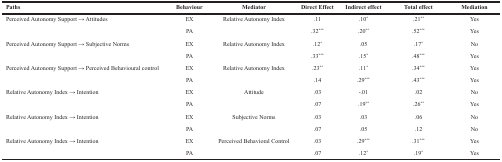
<table><thead><tr><td><b>Paths</b></td><td><b>Behaviour</b></td><td><b>Mediator</b></td><td><b>Direct Effect</b></td><td><b>Indirect effect</b></td><td><b>Total effect</b></td><td><b>Mediation</b></td></tr></thead><tbody><tr><td rowspan="2">Perceived Autonomy Support → Attitudes</td><td>EX</td><td rowspan="2">Relative Autonomy Index</td><td>.11</td><td>.10<sup>*</sup></td><td>.21<sup>**</sup></td><td>Yes</td></tr><tr><td>PA</td><td>.32<sup>***</sup></td><td>.20<sup>**</sup></td><td>.52<sup>***</sup></td><td>Yes</td></tr><tr><td rowspan="2">Perceived Autonomy Support → Subjective Norms</td><td>EX</td><td rowspan="2">Relative Autonomy Index</td><td>.12<sup>*</sup></td><td>.05</td><td>.17<sup>*</sup></td><td>No</td></tr><tr><td>PA</td><td>.33<sup>***</sup></td><td>.15<sup>*</sup></td><td>.48<sup>***</sup></td><td>Yes</td></tr><tr><td rowspan="2">Perceived Autonomy Support → Perceived Behavioural control</td><td>EX</td><td rowspan="2">Relative Autonomy Index</td><td>.23<sup>**</sup></td><td>.11<sup>*</sup></td><td>.34<sup>***</sup></td><td>Yes</td></tr><tr><td>PA</td><td>.14</td><td>.29<sup>***</sup></td><td>.43<sup>***</sup></td><td>Yes</td></tr><tr><td rowspan="2">Relative Autonomy Index → Intention</td><td>EX</td><td rowspan="2">Attitude</td><td>.03</td><td>-.01</td><td>.02</td><td>No</td></tr><tr><td>PA</td><td>.07</td><td>.19<sup>**</sup></td><td>.26<sup>**</sup></td><td>Yes</td></tr><tr><td rowspan="2">Relative Autonomy Index → Intention</td><td>EX</td><td rowspan="2">Subjective Norms</td><td>.03</td><td>.03</td><td>.06</td><td>No</td></tr><tr><td>PA</td><td>.07</td><td>.05</td><td>.12</td><td>No</td></tr><tr><td rowspan="2">Relative Autonomy Index → Intention</td><td>EX</td><td rowspan="2">Perceived Behavioral Control</td><td>.03</td><td>.29<sup>***</sup></td><td>.31<sup>***</sup></td><td>Yes</td></tr><tr><td>PA</td><td>.07</td><td>.12<sup>*</sup></td><td>.19<sup>*</sup></td><td>Yes</td></tr></tbody></table>